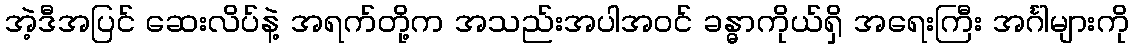
အဲ့ဒီအပြင် ဆေးလိပ်နဲ့ အရက်တို့က အသည်းအပါအဝင် ခန္ဓာကိုယ်ရှိ အရေးကြီး အင်္ဂါများကို